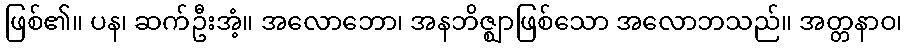
ဖြစ်၏။ ပန၊ ဆက်ဦးအံ့။ အလောဘော၊ အနဘိဇ္ဈာဖြစ်သော အလောဘသည်။ အတ္တနာဝ၊